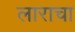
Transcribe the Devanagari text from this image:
लाराचा